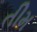
તીમ